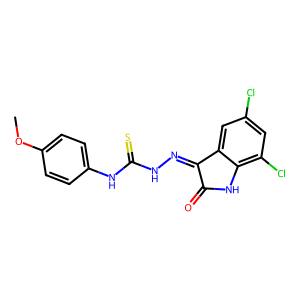
SMILES: COc1ccc(NC(=S)NN=C2C(=O)Nc3c(Cl)cc(Cl)cc32)cc1
Inhibits HIV replication: No